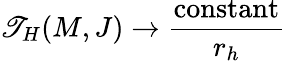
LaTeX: \mathscr{T}_{H}(M,J)\rightarrow\frac{{\mathrm{{constant}}}}{{r_{h}}}